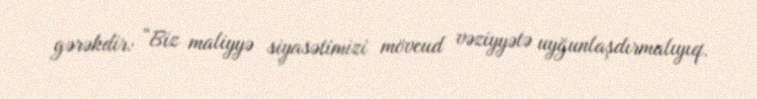
gərəkdir: “Biz maliyyə siyasətimizi mövcud vəziyyətə uyğunlaşdırmalıyıq.